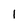
Character: 1